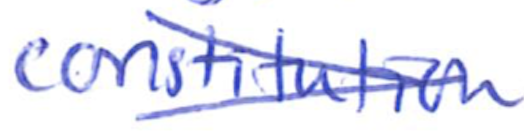
Text: constitution
Cross-out: cross
Writing tool: ballpoint